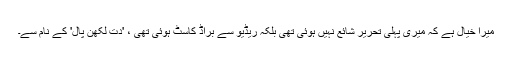
میرا خیال ہے کہ میری پہلی تحریر شائع نہیں ہوئی تھی بلکہ ریڈیو سے براڈ کاسٹ ہوئی تھی ، 'دت لکھن پال' کے نام سے۔